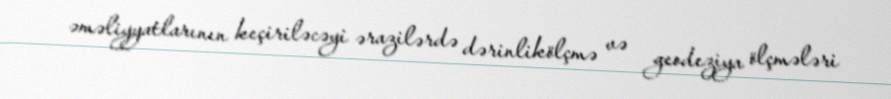
əməliyyatlarının keçiriləcəyi ərazilərdə dərinlikölçmə və geodeziya ölçmələri